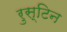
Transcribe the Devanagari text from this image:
रुस्टिन